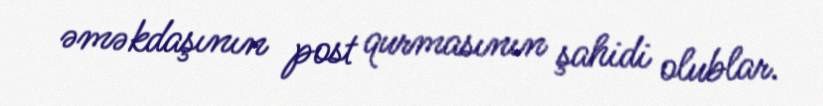
əməkdaşının post qurmasının şahidi olublar.